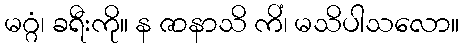
မဂ္ဂံ၊ ခရီးကို။ န ဇာနာသိ ကိံ၊ မသိပါသလော။